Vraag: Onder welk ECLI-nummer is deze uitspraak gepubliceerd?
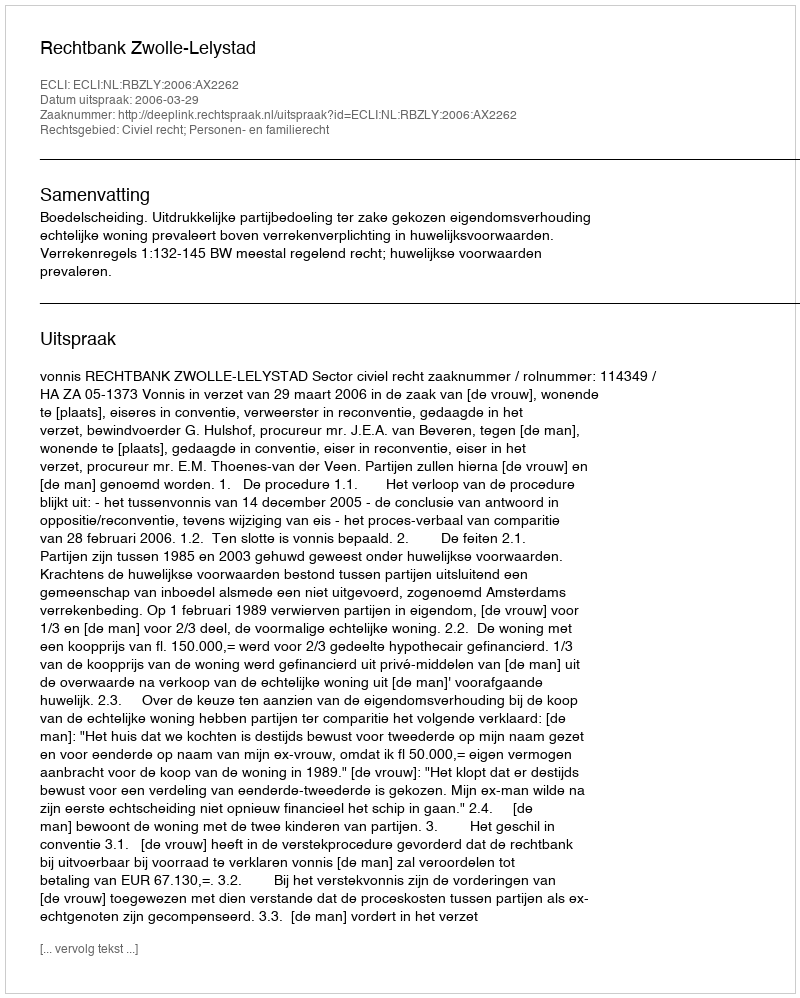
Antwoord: ECLI:NL:RBZLY:2006:AX2262